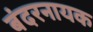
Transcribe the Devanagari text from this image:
बंदरनायक